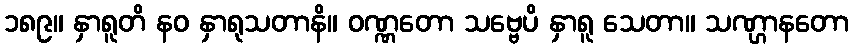
၁၈၉။ နှာရူတိ နဝ နှာရုသတာနိ။ ဝဏ္ဏတော သဗ္ဗေပိ နှာရူ သေတာ။ သဏ္ဌာနတော